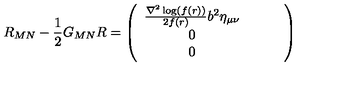
R _ { M N } - \frac { 1 } { 2 } G _ { M N } R = \left( \begin{array} { c c c } { \frac { \nabla ^ { 2 } \log ( f ( r ) ) } { 2 f ( r ) } b ^ { 2 } \eta _ { \mu \nu } } & { } & { \ } & { 0 } & { \ } & { } & { 0 } \\ \end{array} \right)